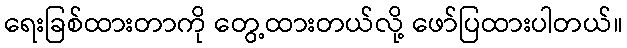
ရေးခြစ်ထားတာကို တွေ့ထားတယ်လို့ ဖော်ပြထားပါတယ်။